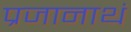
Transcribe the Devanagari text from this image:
प्रजानाथं